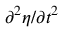
\partial ^ { 2 } \eta / \partial t ^ { 2 }